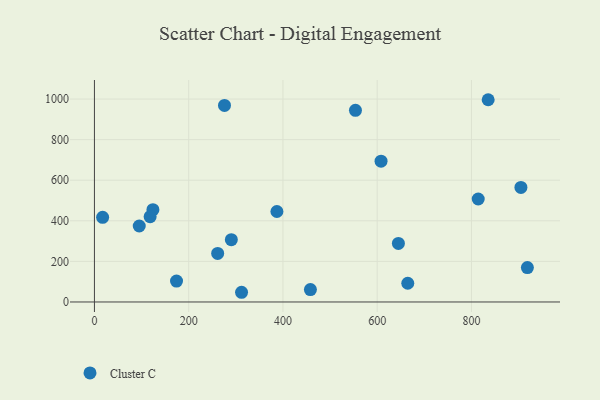
{"axis": {"x": "Study Hours", "y": "Salary"}, "legend": ["Cluster C"], "data": [{"x": "124.1", "y": 454.9, "type": "Cluster C"}, {"x": "290.5", "y": 306.9, "type": "Cluster C"}, {"x": "918.7", "y": 169.4, "type": "Cluster C"}, {"x": "553.9", "y": 944.5, "type": "Cluster C"}, {"x": "276.0", "y": 968.7, "type": "Cluster C"}, {"x": "835.5", "y": 996.8, "type": "Cluster C"}, {"x": "458.3", "y": 61.3, "type": "Cluster C"}, {"x": "664.9", "y": 92.4, "type": "Cluster C"}, {"x": "814.4", "y": 507.5, "type": "Cluster C"}, {"x": "312.2", "y": 47.8, "type": "Cluster C"}, {"x": "608.2", "y": 693.8, "type": "Cluster C"}, {"x": "387.2", "y": 445.8, "type": "Cluster C"}, {"x": "95.1", "y": 374.5, "type": "Cluster C"}, {"x": "118.2", "y": 420.3, "type": "Cluster C"}, {"x": "905.0", "y": 564.5, "type": "Cluster C"}, {"x": "261.5", "y": 239.3, "type": "Cluster C"}, {"x": "645.0", "y": 288.5, "type": "Cluster C"}, {"x": "17.4", "y": 417.2, "type": "Cluster C"}, {"x": "174.2", "y": 103.1, "type": "Cluster C"}]}